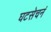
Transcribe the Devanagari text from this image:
घटसेचनं